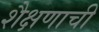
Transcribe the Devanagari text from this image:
शैक्षणाची